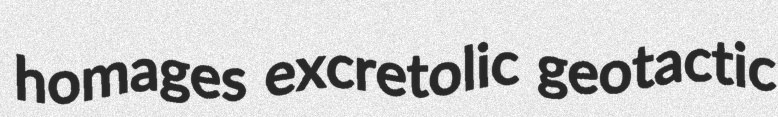
homages excretolic geotactic